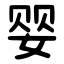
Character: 婴